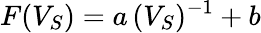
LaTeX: F(V_{S})=a\, (V_{S})^{-1}+b